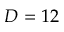
D = 1 2